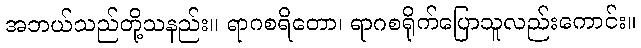
အဘယ်သည်တို့သနည်း။ ရာဂစရိတော၊ ရာဂစရိုက်ပြောသူလည်းကောင်း။